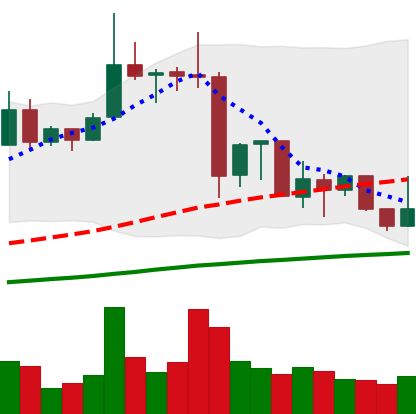
Ticker: XRP-USD
Chart end date: 2019-07-06
Forward return: -15.093%
Label: down_7plus